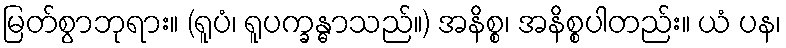
မြတ်စွာဘုရား။ (ရူပံ၊ ရူပက္ခန္ဓာသည်။) အနိစ္စ၊ အနိစ္စပါတည်း။ ယံ ပန၊